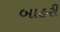
બાહરી